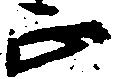
正